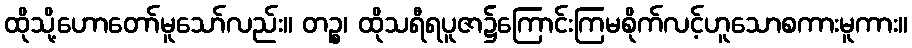
ထိုသို့ဟောတော်မူသော်လည်း။ တဉ္စ၊ ထိုသရီရပူဇာ၌ကြောင်းကြမစိုက်လင့်ဟူသောစကားမူကား။